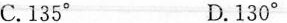
C.135^\circ D.130^\circ